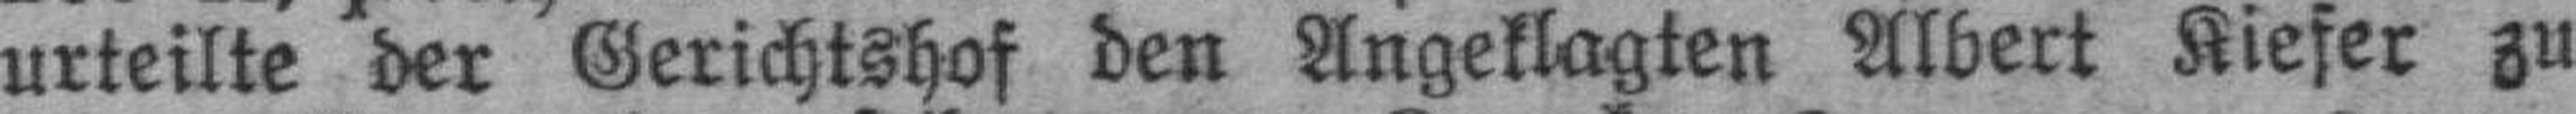
urteilte der Gerichtshof den Angeklagten Albert Kiefer zu